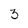
Character: 3